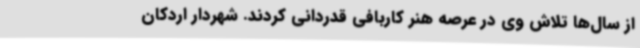
از سال‌ها تلاش وی در عرصه هنر کاربافی قدردانی کردند. شهردار اردکان